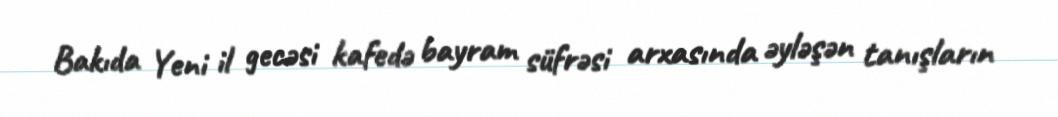
Bakıda Yeni il gecəsi kafedə bayram süfrəsi arxasında əyləşən tanışların